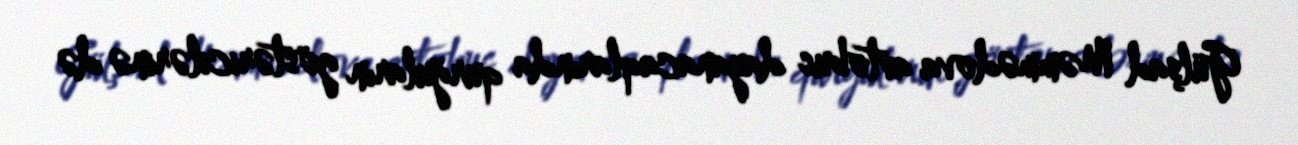
Gülşad Məmmədova avtobus dayanacaqlarında qurğuların göstəricilərinə də